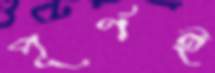
পূর্ণই